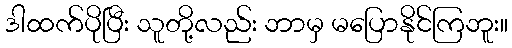
ဒါထက်ပိုပြီး သူတို့လည်း ဘာမှ မပြောနိုင်ကြဘူး။